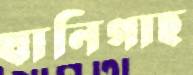
ঘানিগাছ